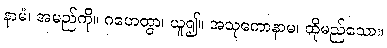
နာမံ၊ အမည်ကို။ ဂဟေတွာ၊ ယူ၍။ အသုကောနာမ၊ ထိုမည်သော။